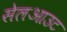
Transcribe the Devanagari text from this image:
सेलआउट